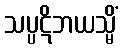
သပ္ပဋိဘယသ္မိံ